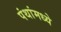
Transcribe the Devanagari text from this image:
पंथांमध्ये